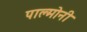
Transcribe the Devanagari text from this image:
पाल्मोनी